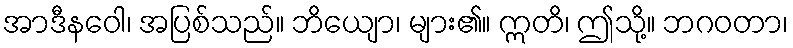
အာဒီနဝေါ၊ အပြစ်သည်။ ဘိယျော၊ များ၏။ ဣတိ၊ ဤသို့။ ဘဂဝတာ၊